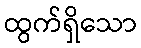
ထွက်ရှိသော